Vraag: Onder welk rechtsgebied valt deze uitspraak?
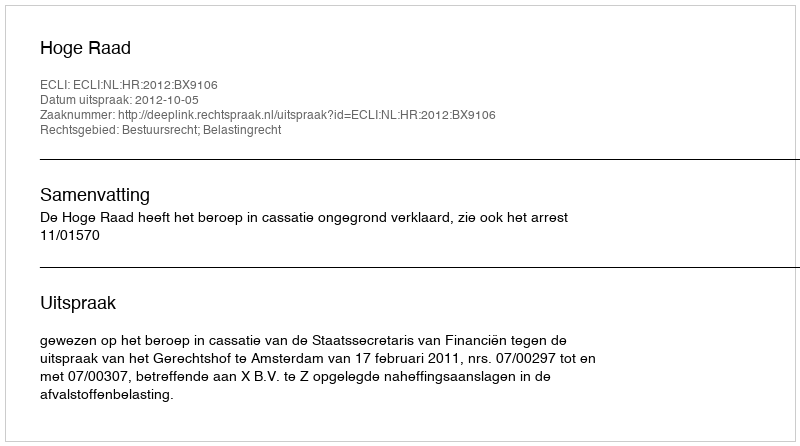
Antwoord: Bestuursrecht; Belastingrecht